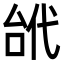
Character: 𠳙